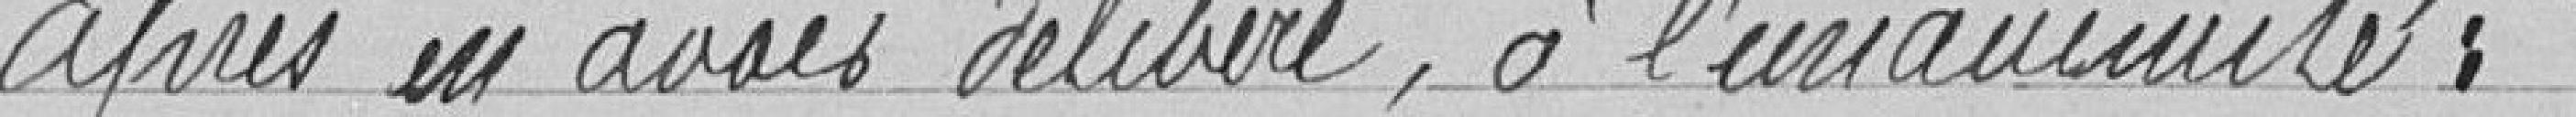
après un avis délibéré, à l'unanimité :